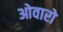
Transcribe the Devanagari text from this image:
ओवारो